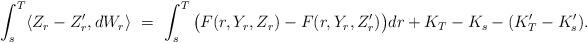
LaTeX: \begin{align*}\int_s^T \langle Z_r-Z_r',dW_r\rangle \ = \ \int_s^T \big(F(r,Y_r,Z_r)-F(r,Y_r,Z_r')\big) dr + K_T-K_s - (K_T'-K_s').\end{align*}